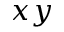
x y